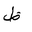
Letter: _za